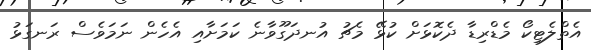
އެތްލެޓިކޯ މެޑްރިޑާ ދެކޮޅަށް ކުޅޭ މެޗު އުނދަގޫވާނެ ކަމަށާއި އެހެން ނަމަވެސް ރަނގަޅު